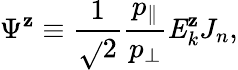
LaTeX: \Psi^{\mathbf{z}}\equiv\frac{{1}}{{\sqrt{}{{2}}}}\frac{{p_{\parallel}}}{{p_{\perp}}}\mathit{{{E}}}_{k}^{\mathbf{z}}J_{n},